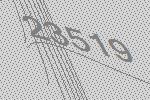
23519